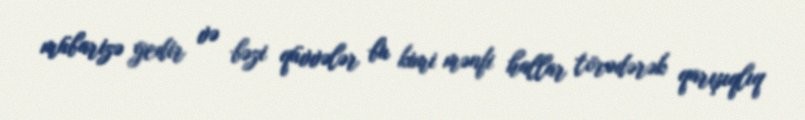
mübarizə gedir və bəzi qüvvələr bu kimi mənfi hallar törədərək qarışıqlıq